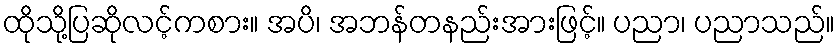
ထိုသို့ပြဆိုလင့်ကစား။ အပိ၊ အဘန်တနည်းအားဖြင့်။ ပညာ၊ ပညာသည်။